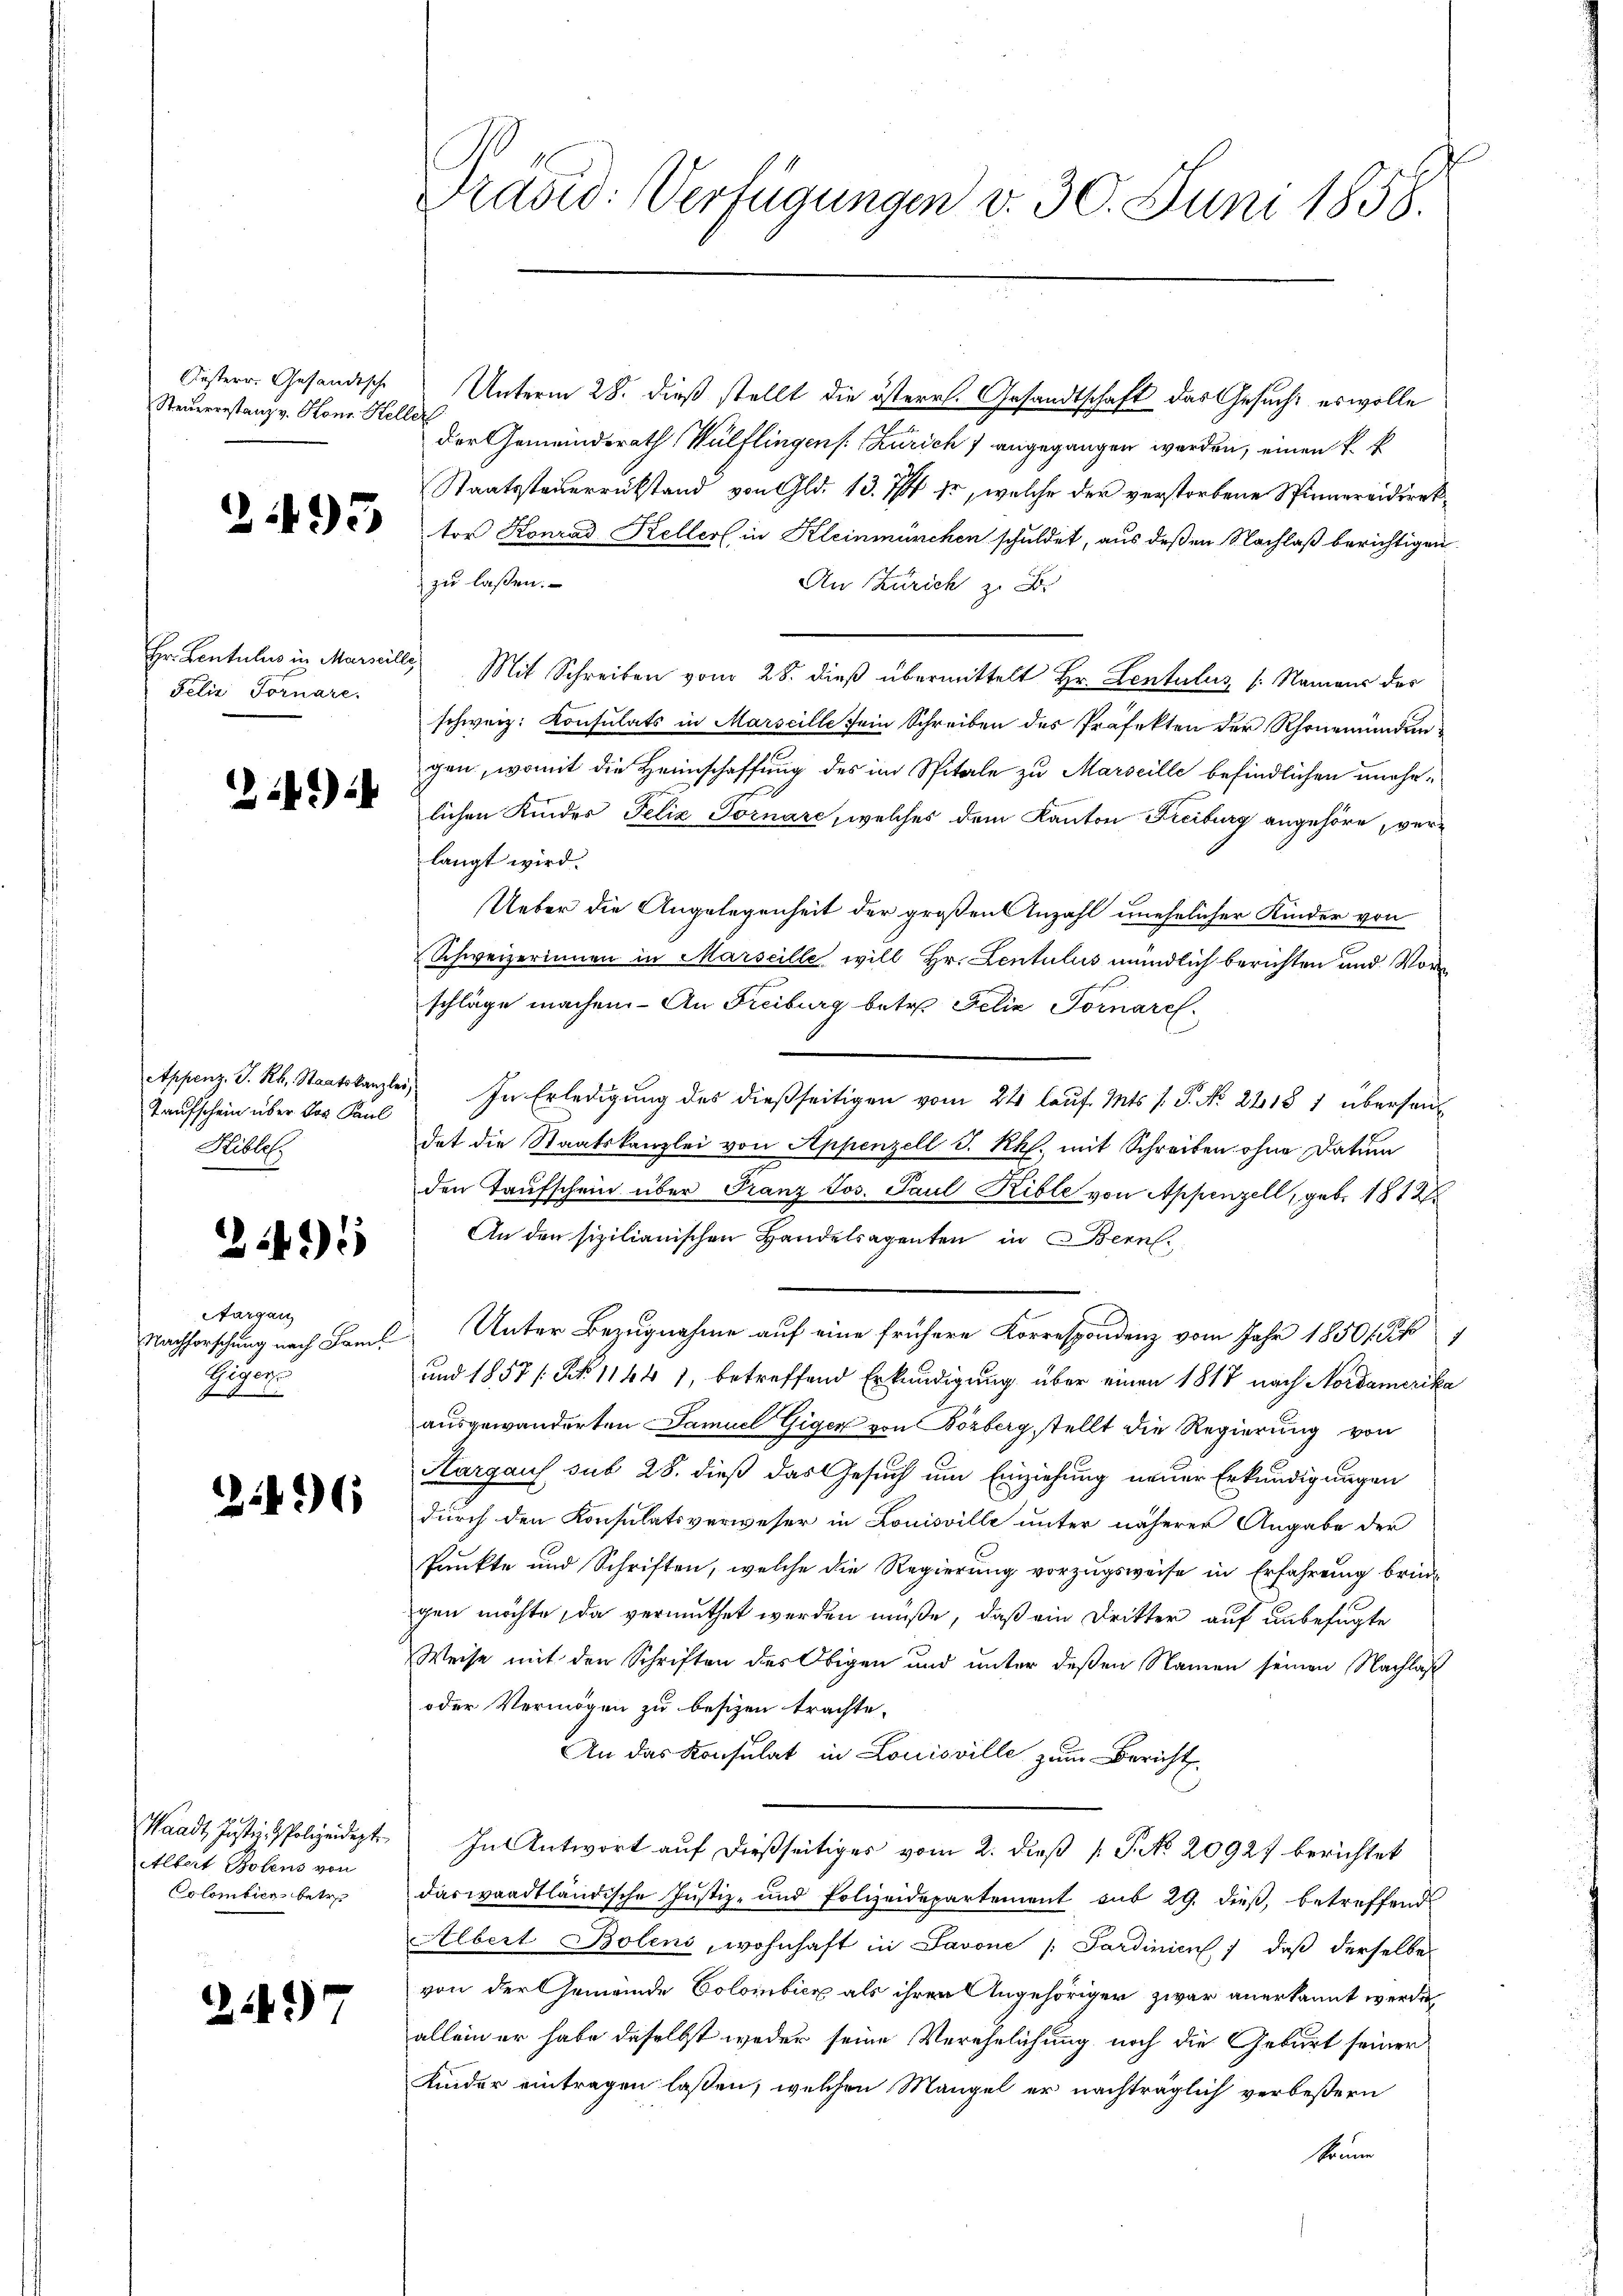
Festerr. Gesändische
Steuerrestanz v. Konr. Heller

2493

Felix Fornare.

24)

Taufschein über das Paul
Riblos

245

Aargau
Nachforschung nach Sam
Giger

2

2149)

36

Waadt, Justiz- Polizeidigt
Albert Botens von
Colontien betref

Prašid: Verfügungen v. 30. Juni 1858.

Unterm 28. dieß stellt die österr. Gesandtschaft das Gesucht es wolle
der Gemeindsrath (Wülflingen s. Zürich 7 angegangen worden, einen k. k
Staatssteuerrückstand von Gld. 13. 77 fr, welche der verstorbene Spinnereidirektor Konrad Keller in Kleinmürchen schuldet, aus deßen Nachlaß berichtigen.
zu lassen.
An Zürich zu Br
Hr. Lentulus in Marielle Mit Schreiben vom 28. dieß übermittelt Hr. Lentulus (: Namens des
schweiz. Konsulats in Marseille sein Schreiben des Präfekten der Rhonemünden
gen, womit die Heimschaffung des im Spitale zu Marseille befindlichen unehelichen Kinder Felix Tornare, welches dem Kanton Freiburg angehöre, verlangt wird.
Ueber die Angelegenheit der großen Anzahl unehelicher Kinder von
Schweizerinnen in Marseille will Hr. Lentulus mündlich berichten und Vorschläge machen. An Freiburg betr. Felix Tornarch¬
Appenz. J. R. Staatskanzler, In Erledigung des dießseitigen vom 24 lauf. Mts. f. P. No. 2218 1 überhand
det die Staatskanzlei von Appenzell I.Rh. mit Schreiben ohne Datum
den Taufschein über Franz Jos. Paul Rible von Appenzell, geb. 1812
An den sizilianischen Handelsagenten in Bern.
2 Unter Bezugnahme auf eine frühere Korrespondenz vom Jahr 18501. Pf
und 1858 / N. 11441, betreffend Erkundigung über einen 1817 nach Nordamerika
ausgewanderten Samuel Giger von Bözberg stellt die Regierung von
Aargaus sub 28. dieß das Gesuch um Einziehung neuer Erkundigungen
durch den Konsulatsverweser in Louisville unter näherer Angabe der
Punkte und Schriften, welche die Regierung vorzugsweise in Erfahrung bringen möchte, da vermuthet werden müße, daß ein Dritter auf unbefugte
Weise mit den Schriften des Obigen und unter deßen Namen seinen Nachlaß
oder Vermögen zu besizen trachte.
An das Konsulat in Louisville zum Bericht
In Antwort auf dießseitiges vom 2. dieß [Po. 20927 berichtet
daswaadtländische Justiz- und Polizeidepartement sub 29. dieß, betreffend
Albert Bolens, wohnhaft in Savone /: Sardinien) daß derselbe
von der Gemeinde Colombick als ihren Angehöriger zwar anerkannt werde,
allein er habe daselbst weder seine Verehelichung noch die Gebärt seiner
Kinder eintragen lassen, welchen Mangel er nachträglich verbeßern
können